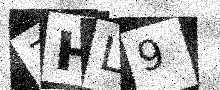
Text: 7HL9